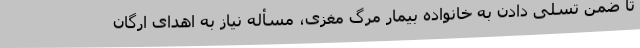
تا ضمن تسلی دادن به خانواده بیمار مرگ مغزی، مسأله نیاز به اهدای ارگان